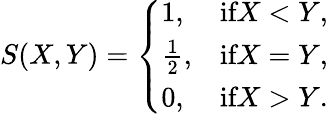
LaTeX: S(X,Y)=\left\{ \begin{array}{ll}{1,}&{\textrm{if}X<Y,}\\ {\frac{1}{2},}&{\textrm{if}X=Y,}\\ {0,}&{\textrm{if}X>Y.}\end{array}\right.